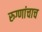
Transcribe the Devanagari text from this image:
रुग्णांचाच